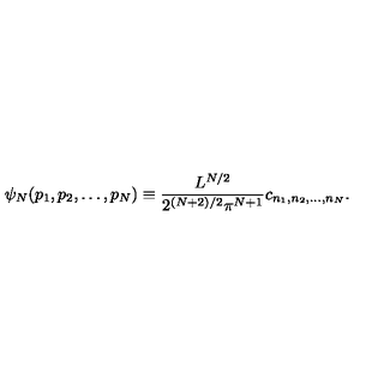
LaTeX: \psi _ { N } ( p _ { 1 } , p _ { 2 } , \dots , p _ { N } ) \equiv \frac { L ^ { N / 2 } } { 2 ^ { ( N + 2 ) / 2 } \pi ^ { N + 1 } } c _ { n _ { 1 } , n _ { 2 } , \dots , n _ { N } } .